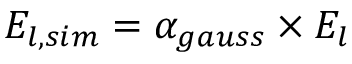
E _ { l , s i m } = \alpha _ { g a u s s } \times E _ { l }